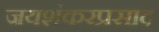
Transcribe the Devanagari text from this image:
जयशंकरप्रसाद